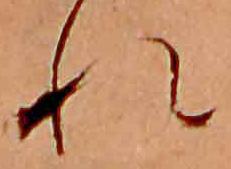
れ